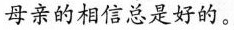
母亲的相信总是好的。